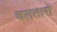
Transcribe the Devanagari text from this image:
चलतारों